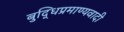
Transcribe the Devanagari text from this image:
बुद्धिप्रमाण्यवादी